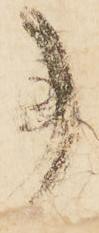
事